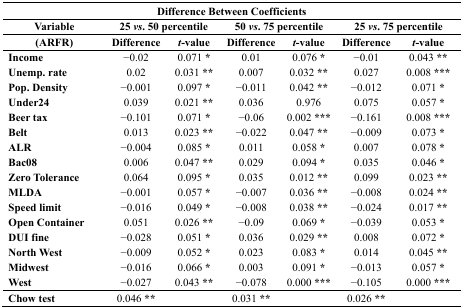
| <COLSPAN=7> Difference Between Coefficients |
 | Variable | <COLSPAN=2> 25 vs. 50 percentile | <COLSPAN=2> 50 vs. 75 percentile | <COLSPAN=2> 25 vs. 75 percentile |
 | (ARFR) | Difference | t-value | Difference | t-value | Difference | t-value |
 | --- | --- | --- | --- | --- | --- | --- |
 | Income | −0.02 | 0.071 * | 0.01 | 0.076 * | −0.01 | 0.043 ** |
 | Unemp. rate | 0.02 | 0.031 ** | 0.007 | 0.032 ** | 0.027 | 0.008 *** |
 | Pop. Density | −0.001 | 0.097 * | −0.011 | 0.042 ** | −0.012 | 0.071 * |
 | Under24 | 0.039 | 0.021 ** | 0.036 | 0.976 | 0.075 | 0.057 * |
 | Beer tax | −0.101 | 0.071 * | −0.06 | 0.002 *** | −0.161 | 0.008 *** |
 | Belt | 0.013 | 0.023 ** | −0.022 | 0.047 ** | −0.009 | 0.073 * |
 | ALR | −0.004 | 0.085 * | 0.011 | 0.058 * | 0.007 | 0.078 * |
 | Bac08 | 0.006 | 0.047 ** | 0.029 | 0.094 * | 0.035 | 0.046 * |
 | Zero Tolerance | 0.064 | 0.095 * | 0.035 | 0.012 ** | 0.099 | 0.023 ** |
 | MLDA | −0.001 | 0.057 * | −0.007 | 0.036 ** | −0.008 | 0.024 ** |
 | Speed limit | −0.016 | 0.049 * | −0.008 | 0.038 ** | −0.024 | 0.017 ** |
 | Open Container | 0.051 | 0.026 ** | −0.09 | 0.069 * | −0.039 | 0.053 * |
 | DUI fine | −0.028 | 0.051 * | 0.036 | 0.029 ** | 0.008 | 0.072 * |
 | North West | −0.009 | 0.052 * | 0.023 | 0.083 * | 0.014 | 0.045 ** |
 | Midwest | −0.016 | 0.066 * | 0.003 | 0.091 * | −0.013 | 0.057 * |
 | West | −0.027 | 0.043 ** | −0.078 | 0.000 *** | −0.105 | 0.000 *** |
 | Chow test | 0.046 ** |  | 0.031 ** |  | 0.026 ** |  |